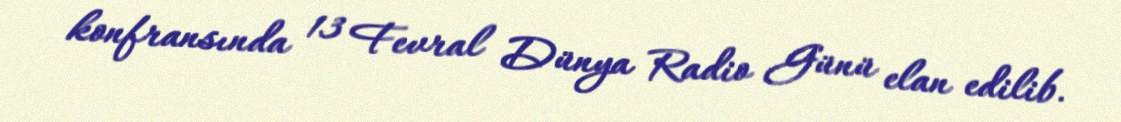
konfransında 13 Fevral Dünya Radio Günü elan edilib.